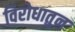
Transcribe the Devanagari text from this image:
विरोधातुन